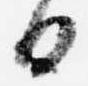
日